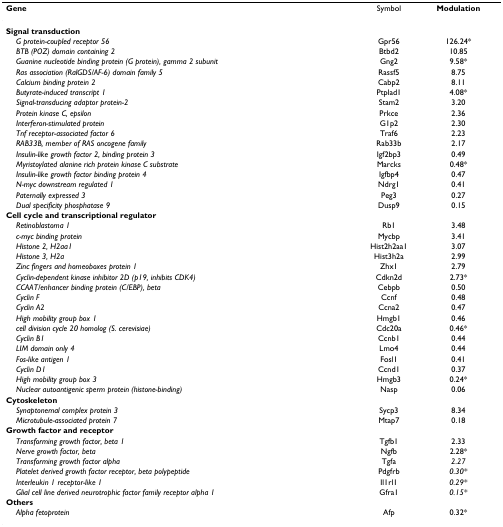
<table><thead><tr><td><b>Gene</b></td><td><b>Symbol</b></td><td><b>Modulation</b></td></tr></thead><tbody><tr><td><b>Signal transduction</b></td><td></td><td></td></tr><tr><td> <i>G protein-coupled receptor 56</i></td><td>Gpr56</td><td>126.24*</td></tr><tr><td> <i>BTB (POZ) domain containing 2</i></td><td>Btbd2</td><td>10.85</td></tr><tr><td> <i>Guanine nucleotide binding protein (G protein), gamma 2 subunit</i></td><td>Gng2</td><td>9.58*</td></tr><tr><td> <i>Ras association (RalGDS/AF-6) domain family 5</i></td><td>Rassf5</td><td>8.75</td></tr><tr><td> <i>Calcium binding protein 2</i></td><td>Cabp2</td><td>8.11</td></tr><tr><td> <i>Butyrate-induced transcript 1</i></td><td>Ptplad1</td><td>4.08*</td></tr><tr><td> <i>Signal-transducing adaptor protein-2</i></td><td>Stam2</td><td>3.20</td></tr><tr><td> <i>Protein kinase C, epsilon</i></td><td>Prkce</td><td>2.36</td></tr><tr><td> <i>Interferon-stimulated protein</i></td><td>G1p2</td><td>2.30</td></tr><tr><td> <i>Tnf receptor-associated factor 6</i></td><td>Traf6</td><td>2.23</td></tr><tr><td> <i>RAB33B, member of RAS oncogene family</i></td><td>Rab33b</td><td>2.17</td></tr><tr><td> <i>Insulin-like growth factor 2, binding protein 3</i></td><td>Igf2bp3</td><td>0.49</td></tr><tr><td> <i>Myristoylated alanine rich protein kinase C substrate</i></td><td>Marcks</td><td>0.48*</td></tr><tr><td> <i>Insulin-like growth factor binding protein 4</i></td><td>Igfbp4</td><td>0.47</td></tr><tr><td> <i>N-myc downstream regulated 1</i></td><td>Ndrg1</td><td>0.41</td></tr><tr><td> <i>Paternally expressed 3</i></td><td>Peg3</td><td>0.27</td></tr><tr><td> <i>Dual specificity phosphatase 9</i></td><td>Dusp9</td><td>0.15</td></tr><tr><td><b>Cell cycle and transcriptional regulator</b></td><td></td><td></td></tr><tr><td> <i>Retinoblastoma 1</i></td><td>Rb1</td><td>3.48</td></tr><tr><td> <i>c-myc binding protein</i></td><td>Mycbp</td><td>3.41</td></tr><tr><td> <i>Histone 2, H2aa1</i></td><td>Hist2h2aa1</td><td>3.07</td></tr><tr><td> <i>Histone 3, H2a</i></td><td>Hist3h2a</td><td>2.99</td></tr><tr><td> <i>Zinc fingers and homeoboxes protein 1</i></td><td>Zhx1</td><td>2.79</td></tr><tr><td> <i>Cyclin-dependent kinase inhibitor 2D (p19, inhibits CDK4)</i></td><td>Cdkn2d</td><td>2.73*</td></tr><tr><td> <i>CCAAT/enhancer binding protein (C/EBP), beta</i></td><td>Cebpb</td><td>0.50</td></tr><tr><td> <i>Cyclin F</i></td><td>Ccnf</td><td>0.48</td></tr><tr><td> <i>Cyclin A2</i></td><td>Ccna2</td><td>0.47</td></tr><tr><td> <i>High mobility group box 1</i></td><td>Hmgb1</td><td>0.46</td></tr><tr><td> <i>cell division cycle 20 homolog (S. cerevisiae)</i></td><td>Cdc20a</td><td>0.46*</td></tr><tr><td> <i>Cyclin B1</i></td><td>Ccnb1</td><td>0.44</td></tr><tr><td> <i>LIM domain only 4</i></td><td>Lmo4</td><td>0.44</td></tr><tr><td> <i>Fos-like antigen 1</i></td><td>Fosl1</td><td>0.41</td></tr><tr><td> <i>Cyclin D1</i></td><td>Ccnd1</td><td>0.37</td></tr><tr><td> <i>High mobility group box 3</i></td><td>Hmgb3</td><td>0.24*</td></tr><tr><td> <i>Nuclear autoantigenic sperm protein (histone-binding)</i></td><td>Nasp</td><td>0.06</td></tr><tr><td><b>Cytoskeleton</b></td><td></td><td></td></tr><tr><td> <i>Synaptonemal complex protein 3</i></td><td>Sycp3</td><td>8.34</td></tr><tr><td> <i>Microtubule-associated protein 7</i></td><td>Mtap7</td><td>0.18</td></tr><tr><td><b>Growth factor and receptor</b></td><td></td><td></td></tr><tr><td> <i>Transforming growth factor, beta 1</i></td><td>Tgfb1</td><td>2.33</td></tr><tr><td> <i>Nerve growth factor, beta</i></td><td>Ngfb</td><td>2.28*</td></tr><tr><td> <i>Transforming growth factor alpha</i></td><td>Tgfa</td><td><i>2.27</i></td></tr><tr><td> <i>Platelet derived growth factor receptor, beta polypeptide</i></td><td>Pdgfrb</td><td><i>0.30*</i></td></tr><tr><td> <i>Interleukin 1 receptor-like 1</i></td><td>Il1rl1</td><td><i>0.29*</i></td></tr><tr><td> <i>Glial cell line derived neurotrophic factor family receptor alpha 1</i></td><td>Gfra1</td><td><i>0.15*</i></td></tr><tr><td><b>Others</b></td><td></td><td></td></tr><tr><td> <i>Alpha fetoprotein</i></td><td>Afp</td><td>0.32*</td></tr></tbody></table>